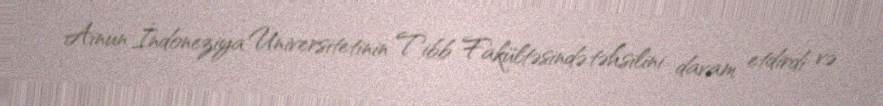
Ainun İndoneziya Universitetinin Tibb Fakültəsində təhsilini davam etdirdi və